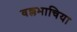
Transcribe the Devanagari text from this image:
वल्लभाचिया